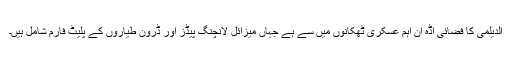
الدیلمی کا فضائی اڈہ اُن اہم عسکری ٹھکانوں میں سے ہے جہاں میزائل لانچنگ پیڈز اور ڈرون طیاروں کے پلیٹ فارم شامل ہیں۔